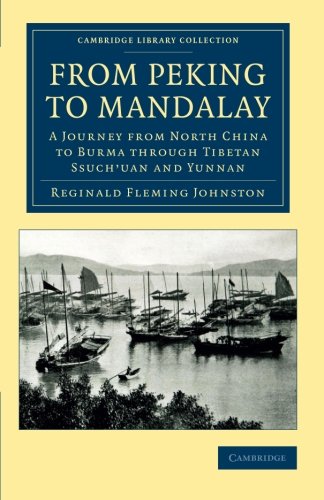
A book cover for From Peking to Mandalay: A Journey from North China to Burma through Tibetan Ssuch'uan and Yunnan (Cambridge Library Collection - Travel and Exploration in Asia); Reginald Fleming Johnston; Travel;